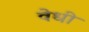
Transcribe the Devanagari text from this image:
वेधी